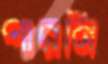
পারনি